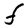
Character: F